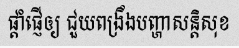
ផ្តាំផ្ញើឲ្យ ជួយពង្រឹងបញ្ហាសន្តិសុខ